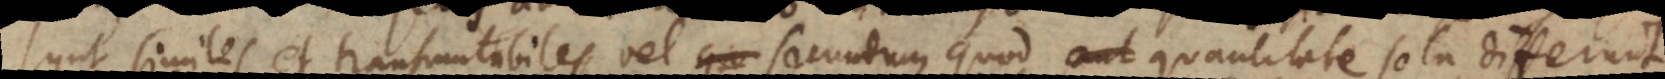
sunt similes et transmutabiles vel secundum quod quantitate sola differunt